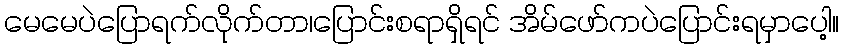
မေမေပဲပြောရက်လိုက်တာ၊ပြောင်းစရာရှိရင် အိမ်ဖော်ကပဲပြောင်းရမှာပေါ့။